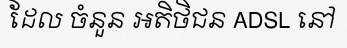
ដែល ចំនួន អតិថិជន ADSL នៅ